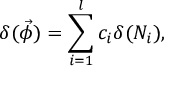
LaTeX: \delta ( \vec { \phi } ) = \sum _ { i = 1 } ^ { l } c _ { i } \delta ( N _ { i } ) ,